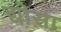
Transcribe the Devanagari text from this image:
द्योसा